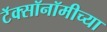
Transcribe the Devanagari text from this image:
टॅक्सॉनॉमीच्या